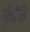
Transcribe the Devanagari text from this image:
कुंजि